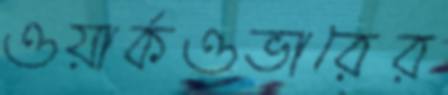
ওয়ার্কওভারের